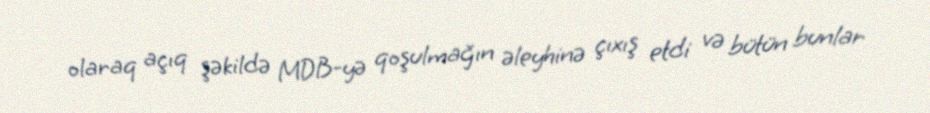
olaraq açıq şəkildə MDB-yə qoşulmağın əleyhinə çıxış etdi və bütün bunlar